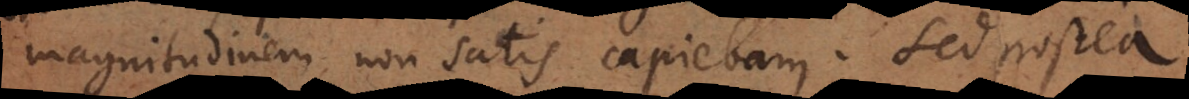
magnitudinem non satis capiebam. Sed postea